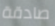
صادقة